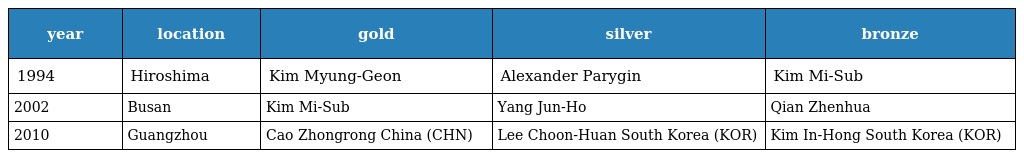
| year | location | gold | silver | bronze |
 | --- | --- | --- | --- | --- |
 | 1994 | Hiroshima | Kim Myung-Geon | Alexander Parygin | Kim Mi-Sub |
 | 2002 | Busan | Kim Mi-Sub | Yang Jun-Ho | Qian Zhenhua |
 | 2010 | Guangzhou | Cao Zhongrong China (CHN) | Lee Choon-Huan South Korea (KOR) | Kim In-Hong South Korea (KOR) |